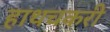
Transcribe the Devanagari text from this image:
हाथचकरी